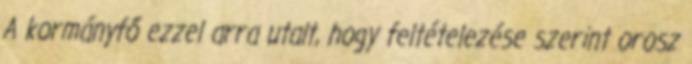
A kormányfő ezzel arra utalt, hogy feltételezése szerint orosz